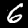
Label: 6